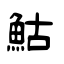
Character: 鮕